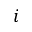
i